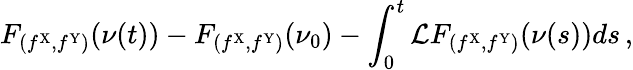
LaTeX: F_{(f^{\mathrm{X}},f^{\mathrm{Y}})}(\nu(t))-F_{(f^{\mathrm{X}},f^{\mathrm{Y}})}(\nu_{0})-\int_{0}^{t}\mathcal{L}F_{(f^{\mathrm{X}},f^{\mathrm{Y}})}(\nu(s))ds\, ,